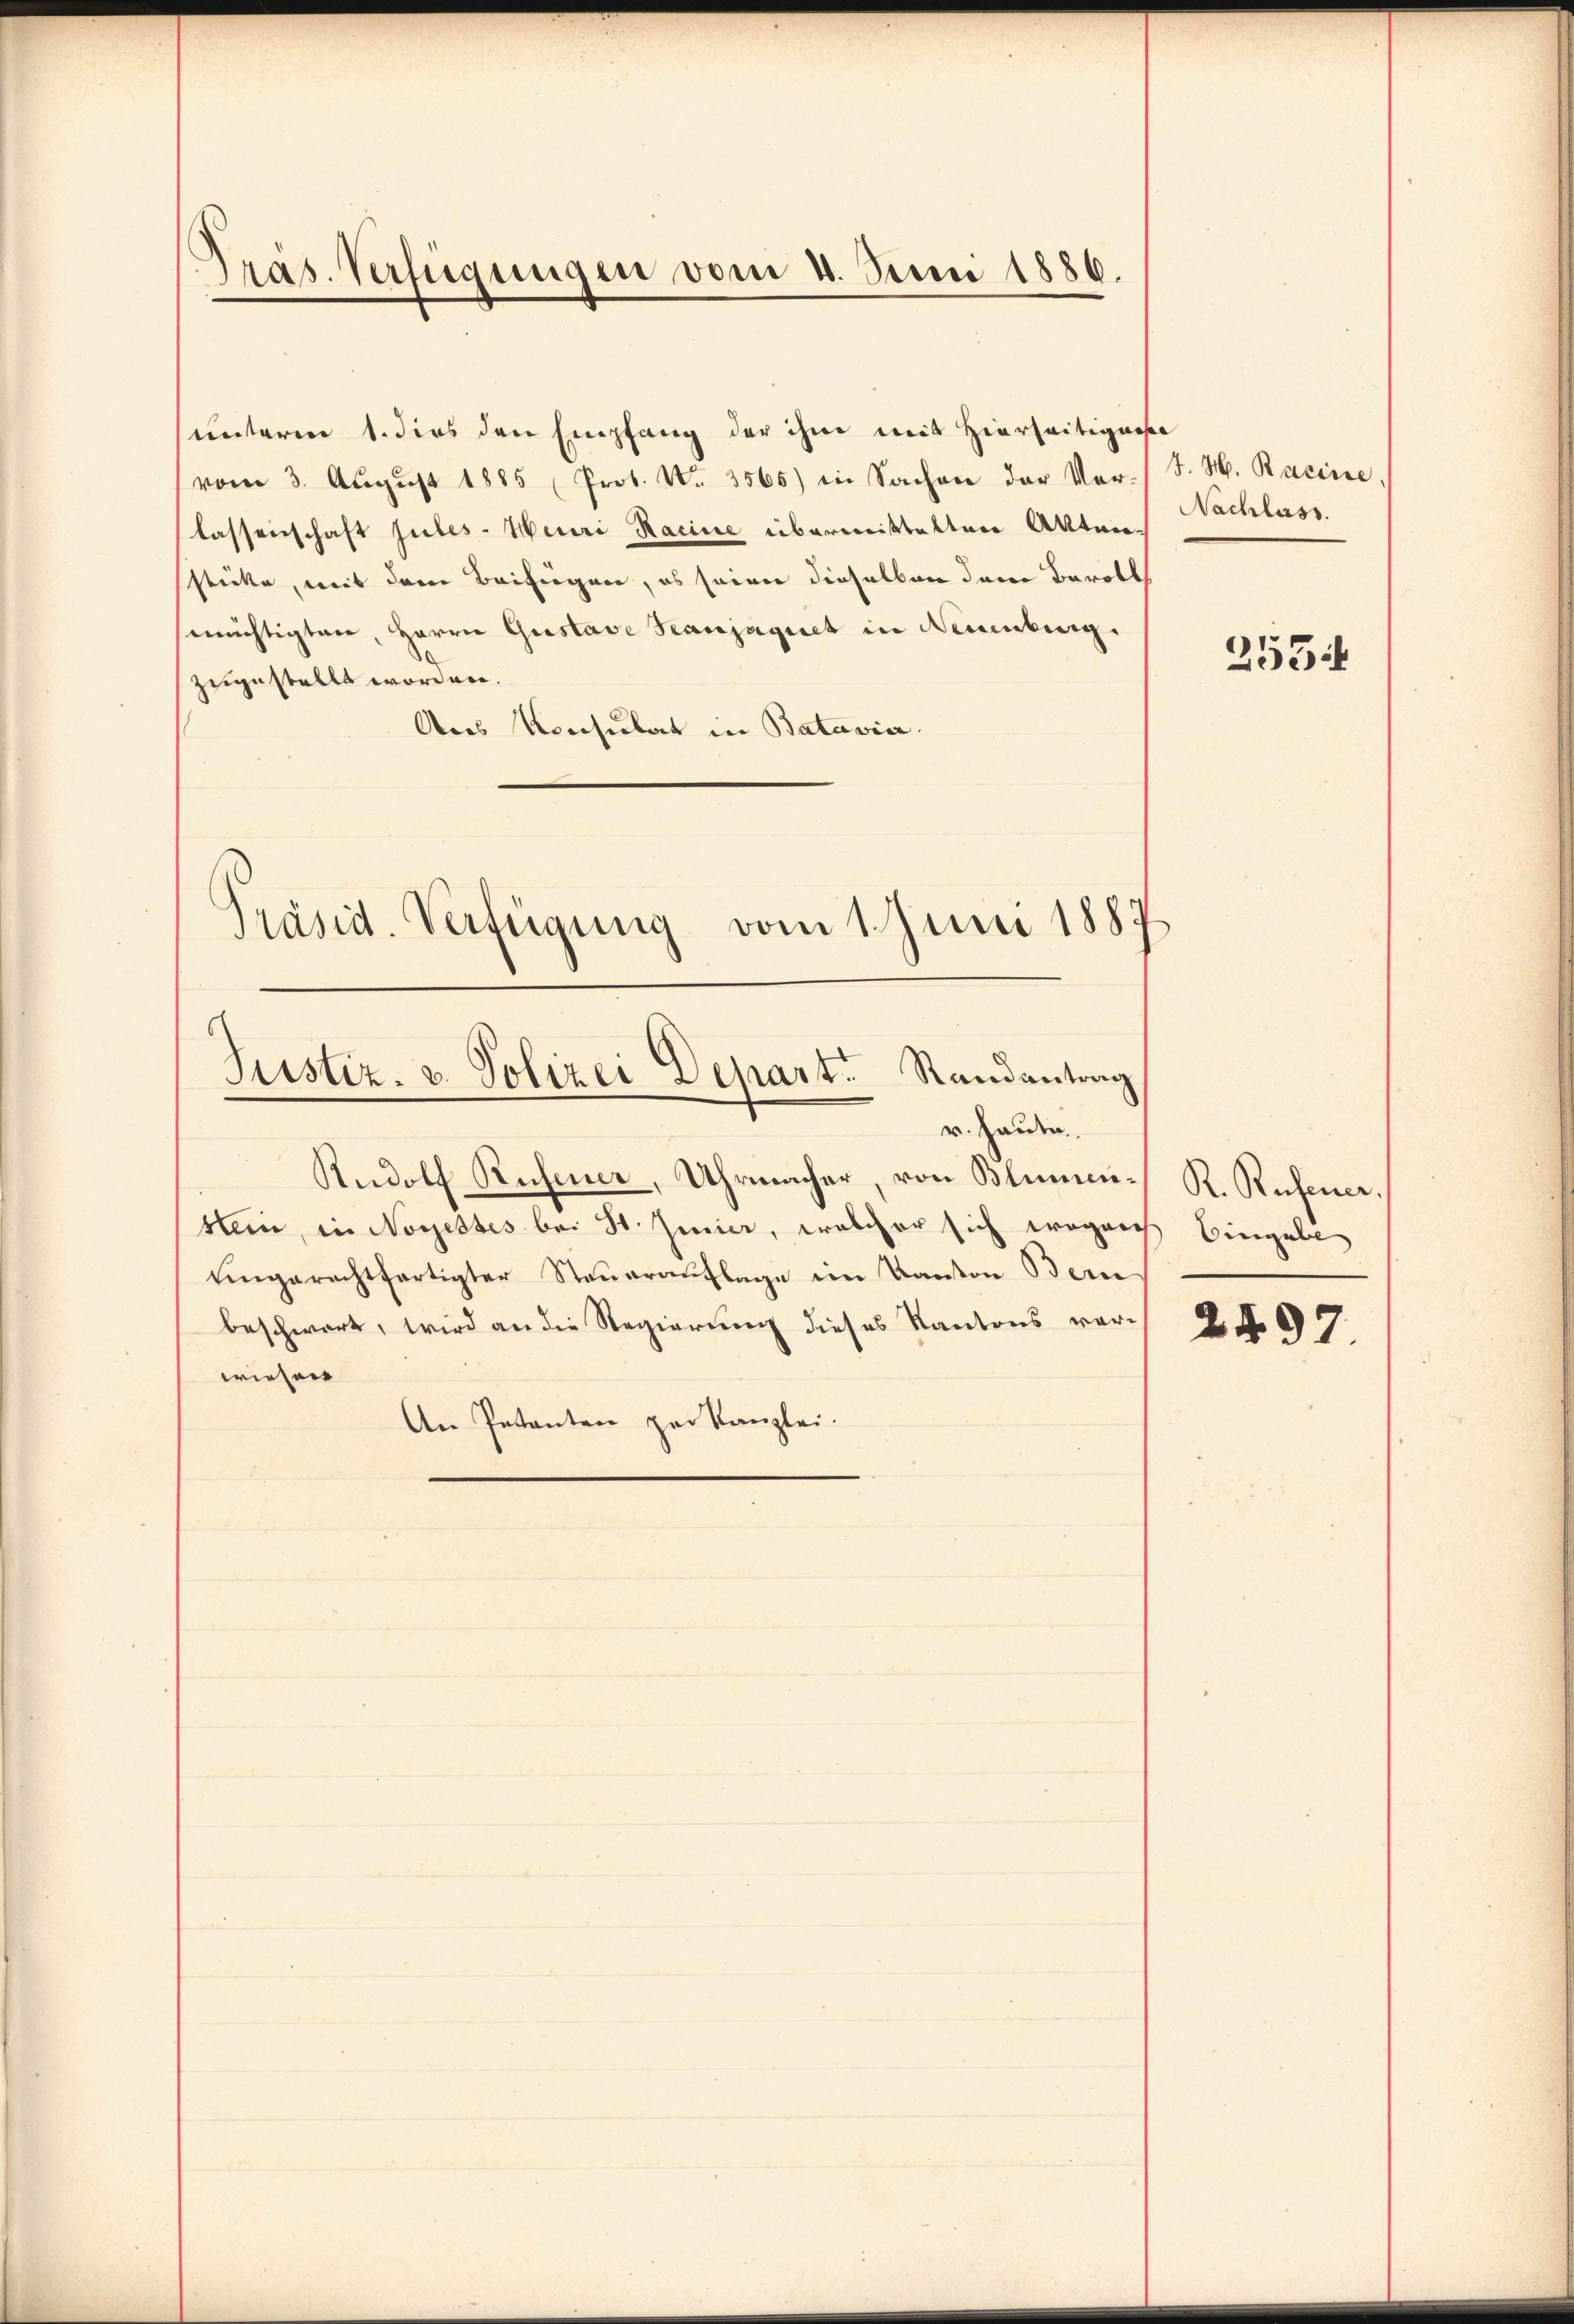
Präs. Verfügungen vom 4. Juni 1886.

unterm 1. dies den Empfang der ihm mit Hierseitigense
vom 3. Aŭgŭst 1885 (Prot. Nr. 3565) in Sachen der Ver-
lassenschaft jutes - Heuri Racine übermittelten Akten.
stücke, mit dem Beifügen, es seien dieselben dann Barott
wichtigten, Herrn Gustave Scanjaguet in Neuenburg.
zugestellt worden.
Ans Konsulat in Batavia.
Präsid. Verfügung vom 1. Juni 1887

Rudolf Rufener, Uhrmacher, von Blumensein, in Nogestes bei St. Jenier, welcher sich wegen Eingabe
eingerechtfertigter Steŭeraŭflage im Kanton Bern
beschwert, wird an die Regierung dieses Kantons vorwiesen
An Petenten zur Kanzlei.

Justiz- u. Polizei Depart. Randantrag
r. Heute.

J. H. Racine,
Nachlass

2554

R. Rufener,

2497.